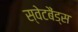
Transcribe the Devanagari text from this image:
स्वेटबैंड्स